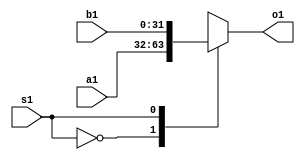
`timescale 1ns / 1ps
//////////////////////////////////////////////////////////////////////////////////
// Company: 
// Engineer: 
// 
// Design Name: 
// Module Name:    mux_IF_2_to_1 
// Project Name: 
// Target Devices: 
// Tool versions: 
// Description: 
//
// Dependencies: 
//
// Revision: 
// Revision 0.01 - File Created
// Additional Comments: 
//
//////////////////////////////////////////////////////////////////////////////////
module mux_2_to_1(
    input [31:0] a1,
    input [31:0] b1,
    input s1,
    output [31:0] o1
    );
	 
reg [31:0] o;	 
	 
assign o1=o;

always @(a1,b1,s1)
begin
	case(s1)
	0:     o<=a1;
	1:     o<=b1;
	default:o<=32'hxxxxxxxx;
	endcase
end

endmodule